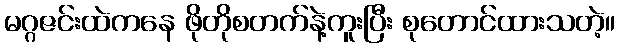
မဂ္ဂဇင်းထဲကနေ ဖိုတိုစတက်နဲ့ကူးပြီး စုတောင်ထားသတဲ့။